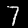
Label: 7